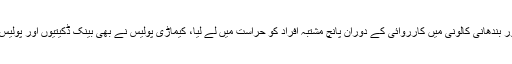
لیاقت آباد اور شریف آباد پولیس نے ایف سی ایریا، الکرم اسکوائر، اپسرا اپارٹمنٹ اور بندھانی کالونی میں کارروائی کے دوران پانچ مشتبہ افراد کو حراست میں لے لیا، کیماڑی پولیس نے بھی بینک ڈکیتیوں اور پولیس مقابلوں میں ملوث اشتہاری ملزم جاوید قریشی کو گرفتار کرکے اسلحہ برآمد کرلیا۔